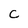
Character: C